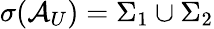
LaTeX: \sigma(\mathcal{A}_{U})=\Sigma_{1}\cup\Sigma_{2}